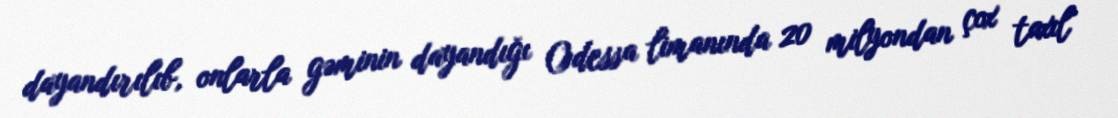
dayandırılıb, onlarla gəminin dayandığı Odessa limanında 20 milyondan çox taxıl